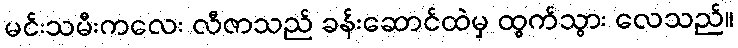
မင်းသမီးကလေး လီဇာသည် ခန်းဆောင်ထဲမှ ထွက်သွား လေသည်။